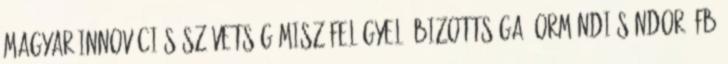
Magyar Innovációs Szövetség MISZ Felügyelő Bizottsága, Ormándi Sándor, FB